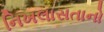
નિખલાસતાનો